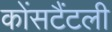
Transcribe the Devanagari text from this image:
कोंसटैंटली